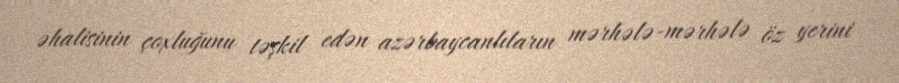
əhalisinin çoxluğunu təşkil edən azərbaycanlıların mərhələ-mərhələ öz yerini